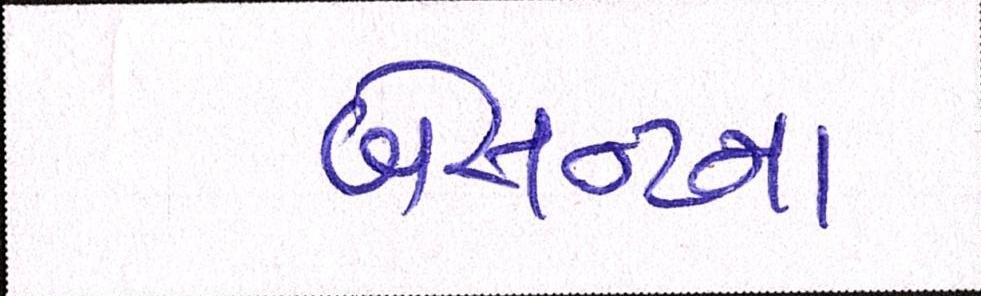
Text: બેસન્ટના